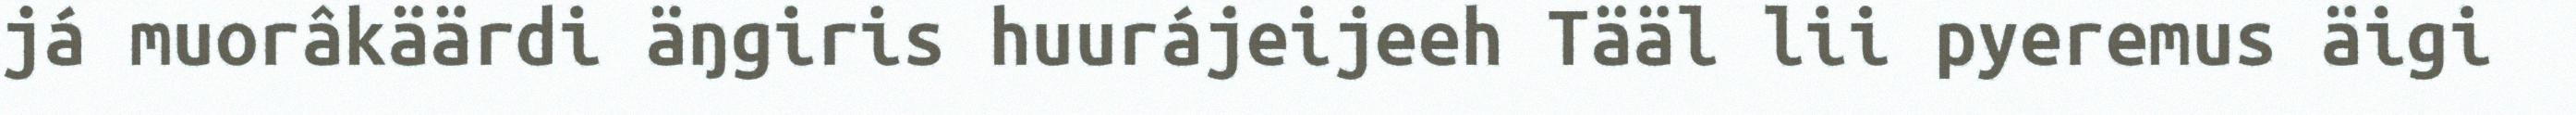
já muorâkäärdi äŋgiris huurájeijeeh Tääl lii pyeremus äigi